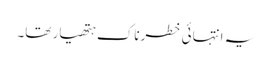
یہ انتہائی خطرناک ہتھیار تھا۔